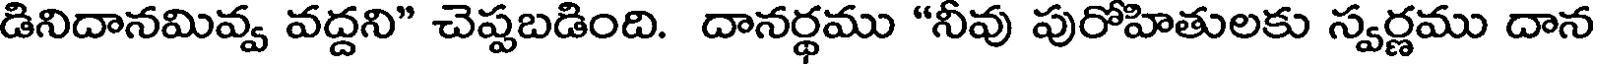
డినిదానమివ్వ వద్దని" చెప్పబడింది. దానర్థము "నీవు పురోహితులకు స్వర్ణము దాన